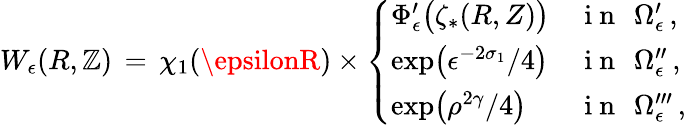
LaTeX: W_{\epsilon}(R,\mathbb{Z})\, =\, \chi_{1}(\epsilonR)\times\left\{ \begin{array}{ll}{\Phi_{\epsilon}^{\prime}\bigl(\zeta_{*}(R,Z)\bigr)}&{\mathrm{~i~n~}~\, \Omega_{\epsilon}^{\prime}\, ,}\\ {\exp\bigl(\epsilon^{-2\sigma_{1}}/4\bigr)}&{\mathrm{~i~n~}~\, \Omega_{\epsilon}^{\prime\prime}\, ,}\\ {\exp\bigl(\rho^{2\gamma}/4\bigr)}&{\mathrm{~i~n~}~\, \Omega_{\epsilon}^{\prime\prime\prime}\, ,}\end{array}\right.